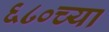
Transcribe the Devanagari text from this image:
६८०च्या